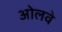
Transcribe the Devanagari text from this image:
ओलवे